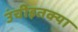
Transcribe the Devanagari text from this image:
उंचीइतक्या